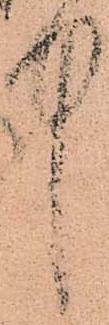
中